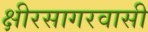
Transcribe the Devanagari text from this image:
क्षीरसागरवासी